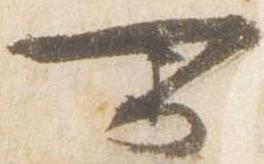
可